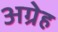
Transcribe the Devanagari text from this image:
अग्रेह